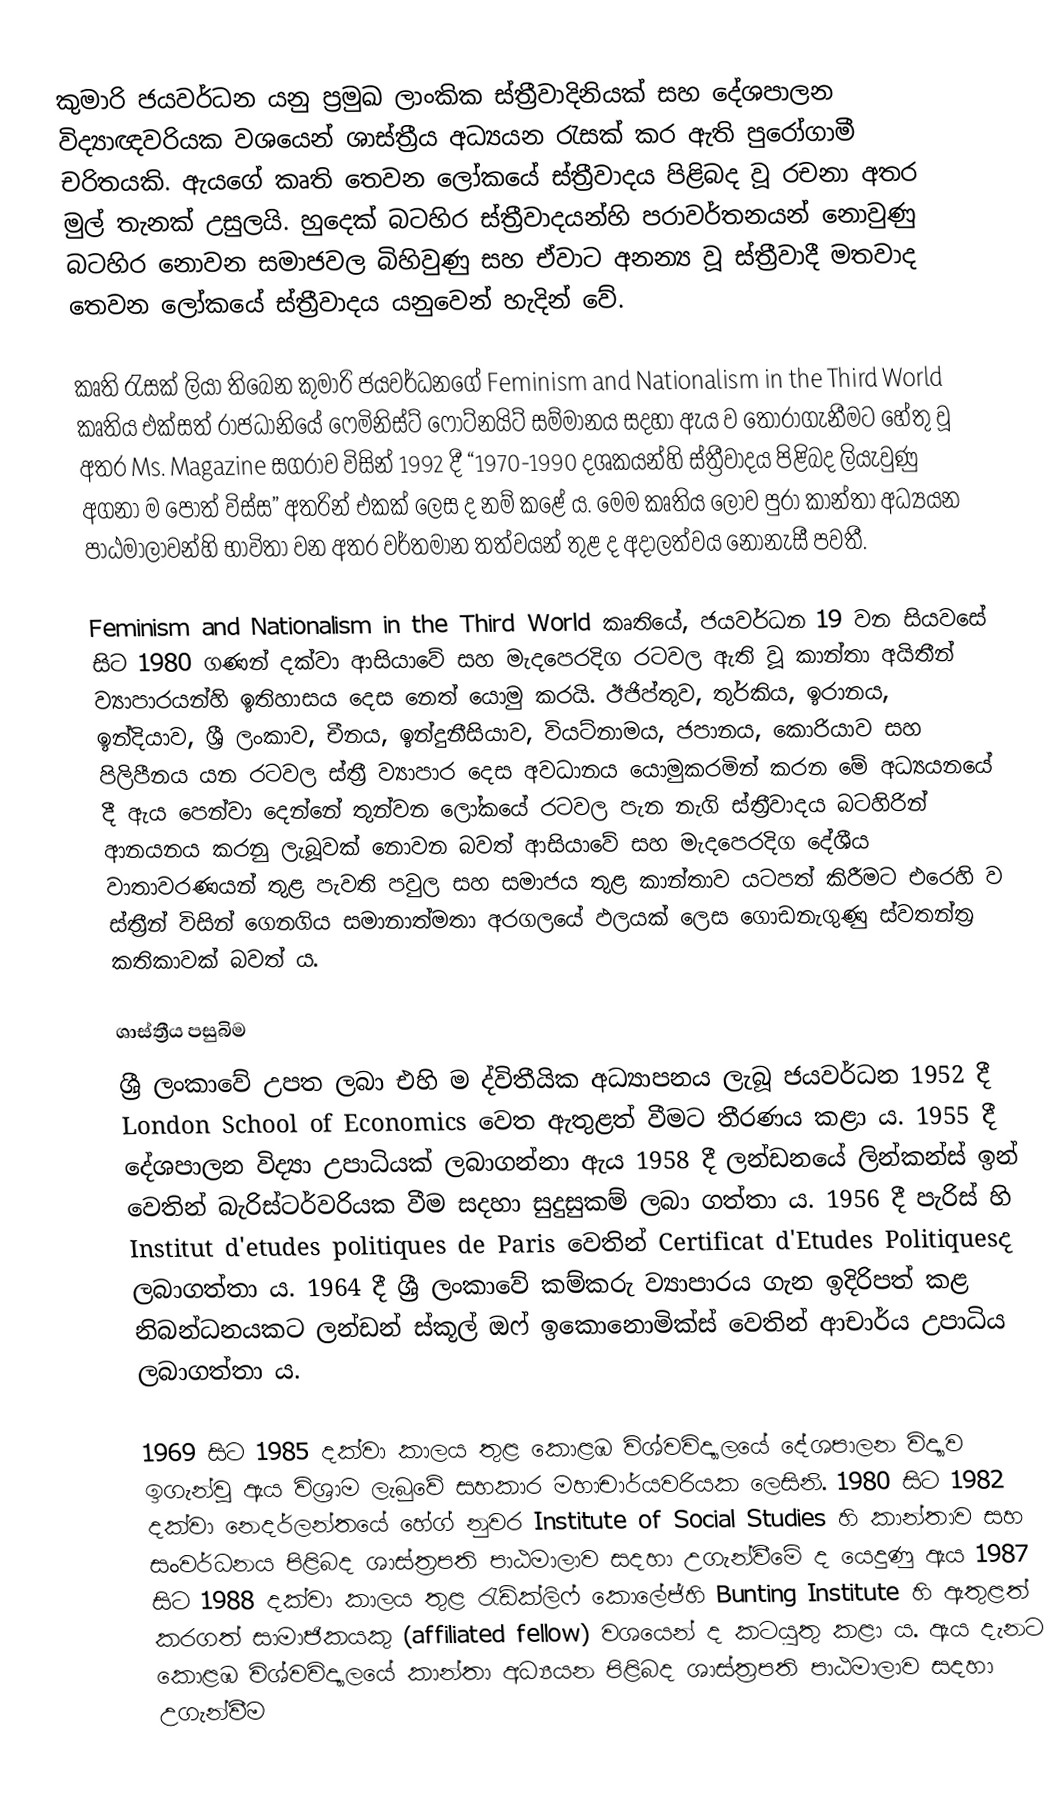
කුමාරි ජයවර්ධන යනු ප්‍රමුඛ ලාංකික ස්ත්‍රීවාදිනියක් සහ දේශපාලන විද්‍යාඥවරියක වශයෙන් ශාස්ත්‍රීය අධ්‍යයන රැසක් කර ඇති පුරෝගාමී චරිතයකි. ඇයගේ කෘති තෙවන ලෝකයේ ස්ත්‍රීවාදය පිළිබද වූ රචනා අතර මුල් තැනක් උසුලයි. හුදෙක් බටහිර ස්ත්‍රීවාදයන්හි පරාවර්තනයන් නොවුණු බටහිර නොවන සමාජවල බිහිවුණු සහ ඒවාට අනන්‍ය වූ ස්ත්‍රීවාදී මතවාද තෙවන ලෝකයේ ස්ත්‍රීවාදය යනුවෙන් හැදින් වේ.

කෘති රැසක් ලියා තිබෙන කුමාරි ජයවර්ධනගේ Feminism and Nationalism in the Third World කෘතිය එක්සත් රාජධානියේ ෆෙමිනිස්ට් ෆෝට්නයිට් සම්මානය සදහා ඇය ව තෝරාගැනීමට හේතු වූ අතර Ms. Magazine සගරාව විසින් 1992 දී “1970-1990 දශකයන්හි ස්ත්‍රීවාදය පිළිබද ලියැවුණු අගනා ම පොත් විස්ස” අතරින් එකක් ලෙස ද නම් කළේ ය. මෙම කෘතිය ලොව පුරා කාන්තා අධ්‍යයන පාඨමාලාවන්හි භාවිතා වන අතර වර්තමාන තත්වයන් තුළ ද අදාලත්වය නොනැසී පවතී.

Feminism and Nationalism in the Third World කෘතියේ, ජයවර්ධන 19 වන සියවසේ සිට 1980 ගණන් දක්වා ආසියාවේ සහ මැදපෙරදිග රටවල ඇති වූ කාන්තා අයිතීන් ව්‍යාපාරයන්හි ඉතිහාසය දෙස නෙත් යොමු කරයි. ඊජිප්තුව, තුර්කිය, ඉරානය, ඉන්දියාව, ශ්‍රී ලංකාව, චීනය, ඉන්දුනීසියාව, වියට්නාමය, ජපානය, කොරියාව සහ පිලිපීනය යන රටවල ස්ත්‍රී ව්‍යාපාර දෙස අවධානය යොමුකරමින් කරන මේ අධ්‍යයනයේ දී ඇය පෙන්වා දෙන්නේ තුන්වන ලෝකයේ රටවල පැන නැගි ස්ත්‍රීවාදය බටහිරින් ආනයනය කරනු ලැබූවක් නොවන බවත් ආසියාවේ සහ මැදපෙරදිග දේශීය වාතාවරණයන් තුළ පැවති පවුල සහ සමාජය තුළ කාන්තාව යටපත් කිරීමට එරෙහි ව ස්ත්‍රීන් විසින් ගෙනගිය සමානාත්මතා අරගලයේ ඵලයක් ලෙස ගොඩනැගුණු ස්වතන්ත්‍ර කතිකාවක් බවත් ය.

ශාස්ත්‍රීය පසුබිම
ශ්‍රී ලංකාවේ උපත ලබා එහි ම ද්විතීයික අධ්‍යාපනය ලැබූ ජයවර්ධන 1952 දී  London School of Economics වෙත ඇතුළත් වීමට තීරණය කළා ය. 1955 දී දේශපාලන විද්‍යා උපාධියක් ලබාගන්නා ඇය 1958 දී ලන්ඩනයේ ලින්කන්ස් ඉන් වෙතින් බැරිස්ටර්වරියක වීම සදහා සුදුසුකම් ලබා ගත්තා ය. 1956 දී පැරිස් හි Institut d'etudes politiques de Paris වෙතින් Certificat d'Etudes Politiquesද ලබාගත්තා ය. 1964 දී ශ්‍රී ලංකාවේ කම්කරු ව්‍යාපාරය ගැන ඉදිරිපත් කළ නිබන්ධනයකට ලන්ඩන් ස්කූල් ඔෆ් ඉකොනොමික්ස් වෙතින් ආචාර්ය උපාධිය ලබාගත්තා ය.

1969 සිට 1985 දක්වා කාලය තුළ කොළඹ විශ්වවිද්‍යාලයේ දේශපාලන විද්‍යාව ඉගැන්වූ ඇය විශ්‍රාම ලැබුවේ සහකාර මහාචාර්යවරියක ලෙසිනි. 1980 සිට 1982 දක්වා නෙදර්ලන්තයේ හේග් නුවර Institute of Social Studies හි කාන්තාව සහ සංවර්ධනය පිළිබද ශාස්ත්‍රපති පාඨමාලාව සදහා උගැන්වීමේ ද යෙදුණු ඇය 1987 සිට 1988 දක්වා කාලය තුළ රැඩ්ක්ලිෆ් කොලේජ්හි Bunting Institute හි ඇතුළත් කරගත් සාමාජිකයකු (affiliated fellow) වශයෙන් ද කටයුතු කළා ය. ඇය දැනට කොළඹ විශ්වවිද්‍යාලයේ කාන්තා අධ්‍යයන පිළිබද ශාස්ත්‍රපති පාඨමාලාව සදහා උගැන්වීම